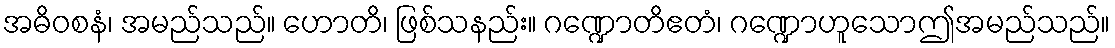
အဓိဝစနံ၊ အမည်သည်။ ဟောတိ၊ ဖြစ်သနည်း။ ဂဏ္ဍောတိဧတံ၊ ဂဏ္ဍောဟူသောဤအမည်သည်။